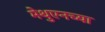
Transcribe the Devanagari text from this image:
मेथुएनच्या